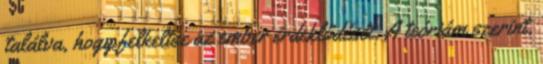
találva, hogy felkeltse az ember érdeklődését. A teóriám szerint,